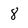
Character: 8